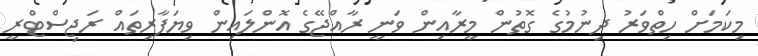
މިކަމަށް ހިތްވަރު ދިނުމުގެ ގޮތުން މީރާއިން ވަނީ ރާއްޖޭގެ އޮންލައިން ވިޔަފާރިތައް ރަޖިސްޓްރީ